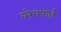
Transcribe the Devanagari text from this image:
ब्लेचफोर्ड